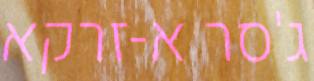
ג'סר א-זרקא